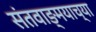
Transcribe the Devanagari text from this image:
संतवाङ्मयाच्या